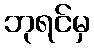
ဘုရင်မှ